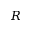
R _ { \sun }